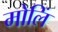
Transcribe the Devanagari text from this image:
मोलिं